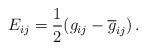
LaTeX: \begin{align*} E_{ij} = \frac{1}{2} (g_{ij} - \overline{g}_{ij}) \, .\end{align*}